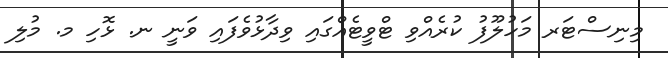
މިނިސްޓަރ މަހުލޫފު ކުރެއްވި ޓްވީޓެއްގައި ވިދާޅުވެފައި ވަނީ ނ. ޅޮހި މ. މުލި